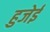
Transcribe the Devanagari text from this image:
हुजेई